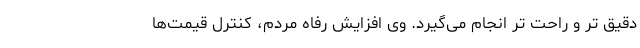
دقیق تر و راحت تر انجام می‌گیرد. وی افزایش رفاه مردم، کنترل قیمت‌ها